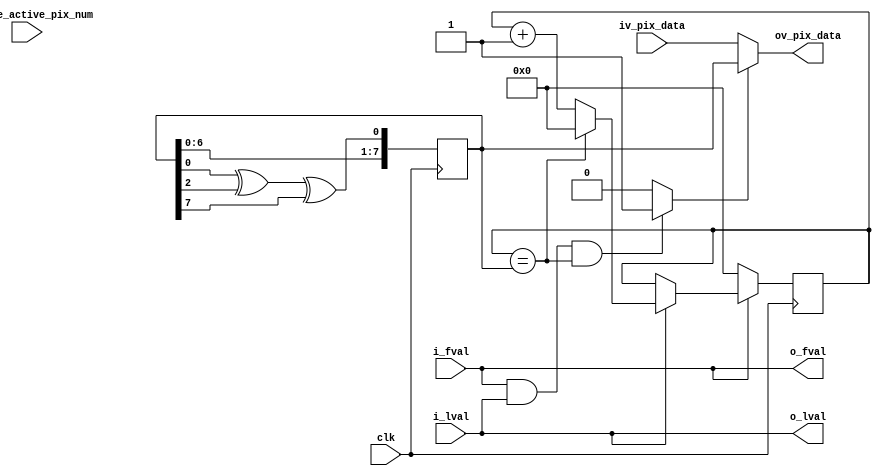
//-------------------------------------------------------------------------------------------------
//  --    : , 2010 -2015.
//  --      .
//  --          : FPGA
//  --        : sensor_noise
//  --        : 
//-------------------------------------------------------------------------------------------------
//
//  --  :
//
//  --          :| 				:|  
//-------------------------------------------------------------------------------------------------
//  --        :| 2015/4/16 13:59:24	:|  
//-------------------------------------------------------------------------------------------------
//
//  --      :
//              1)  : ... ...
//
//              2)  : ... ...
//
//              3)  : ... ...
//
//-------------------------------------------------------------------------------------------------
///
`timescale 1ns/1ps
//-------------------------------------------------------------------------------------------------

module sensor_noise # (
	parameter						DATA_WIDTH			= 8			//
	)
	(
	input							clk							,	//
	input	[15:0]					iv_line_active_pix_num		,	//
	input							i_fval						,	//
	input							i_lval						,	//
	input	[DATA_WIDTH-1:0]		iv_pix_data					,	//
	output							o_fval						,	//
	output							o_lval						,	//
	output	[DATA_WIDTH-1:0]		ov_pix_data						//
	);

	//	ref signals
	reg		[7:0]					lfsr_reg	= 8'hab;
	wire							lfsr_seed	;
	reg		[7:0]					time_cnt	= 8'b0;
	wire							noise_en	;
	wire	[DATA_WIDTH-1:0]		noise_data	;


	//	ref ARCHITECTURE

	//	-------------------------------------------------------------------------------------
	//	lfsr 
	//	-------------------------------------------------------------------------------------
	always @ (posedge clk) begin
		lfsr_reg	<= {lfsr_reg[6:0],lfsr_seed};
	end
	assign	lfsr_seed	= lfsr_reg[0] ^ lfsr_reg[2] ^ lfsr_reg[7];

	//	-------------------------------------------------------------------------------------
	//	
	//	-------------------------------------------------------------------------------------
	always @ (posedge clk) begin
		if(!i_fval) begin
			time_cnt	<= 8'h0;
		end
		else begin
			if(i_lval) begin
				if(time_cnt==lfsr_reg) begin
					time_cnt	<= 8'h0;
				end
				else begin
					time_cnt	<= time_cnt + 1'b1;
				end
			end
		end
	end

	assign	noise_en	= (i_fval==1'b1 && i_lval==1'b1 && time_cnt==lfsr_reg) ? 1'b1 : 1'b0;
	assign	noise_data	= {{(DATA_WIDTH-8){1'b0}},lfsr_reg[7:0]};
	assign	o_fval		= i_fval;
	assign	o_lval		= i_lval;
	assign	ov_pix_data	= (noise_en==1'b1) ? noise_data : iv_pix_data;



endmodule